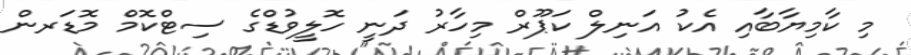
މި ކާމިޔާބާއި އެކު އަނިލް ކަޕޫރް މިހާރު ދަނީ ހޮލީވުޑްގެ ސިޓްކޮމް މޮޑަރން